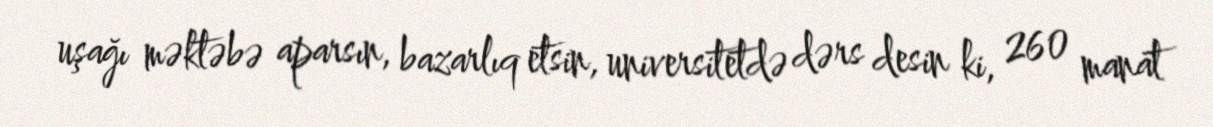
uşağı məktəbə aparsın, bazarlıq etsin, universitetdə dərs desin ki, 260 manat